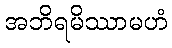
အဘိရမိဿာမဟံ